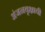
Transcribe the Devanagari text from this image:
अंजनवृक्षाची